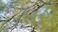
ધરૌ